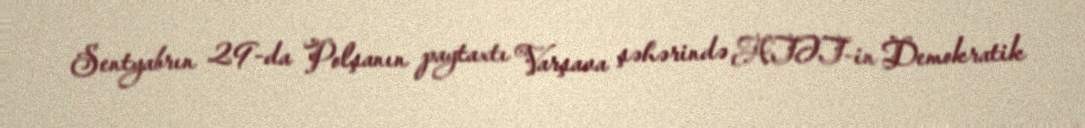
Sentyabrın 29-da Polşanın paytaxtı Varşava şəhərində ATƏT-in Demokratik